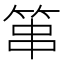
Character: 𥭾